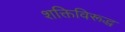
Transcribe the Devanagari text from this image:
शक्तिविरूद्ध